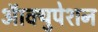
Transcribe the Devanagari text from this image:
ऑक्युपेशन